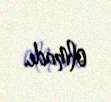
olmadı.